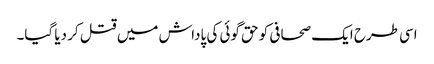
اسی طرح ایک صحافی کو حق گوئی کی پاداش میں قتل کر دیا گیا۔